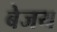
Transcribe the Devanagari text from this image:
बेजय